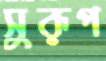
সুরূপ